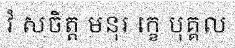
វំ សចិត្ត មនុរ ក្ខេ បុគ្គល